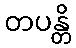
တပန္တိ